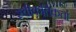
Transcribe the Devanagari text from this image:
स्वीकृतिकर्ता